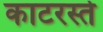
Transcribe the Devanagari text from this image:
काटरस्ते